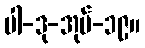
ပါ-ဒု-အုပ်-၁၉။